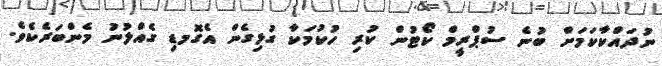
ނުދައްކާކަމަށް ބުނެ ސުޕްރީމް ކޯޓުން ކުރި ހުކުމަކާ ގުޅިގެން އެގޮމޑި ގެއްލުނު މެންބަރެކެވެ.